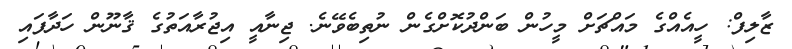
ޒާލިފް: ހީއެއްގެ މައްޗަށް މީހުން ބަންދުކޮށްގެން ނުތިބެވޭނެ. ޖިނާއީ އިޖުރާއަތުގެ ޤާނޫން ހަދާފައި